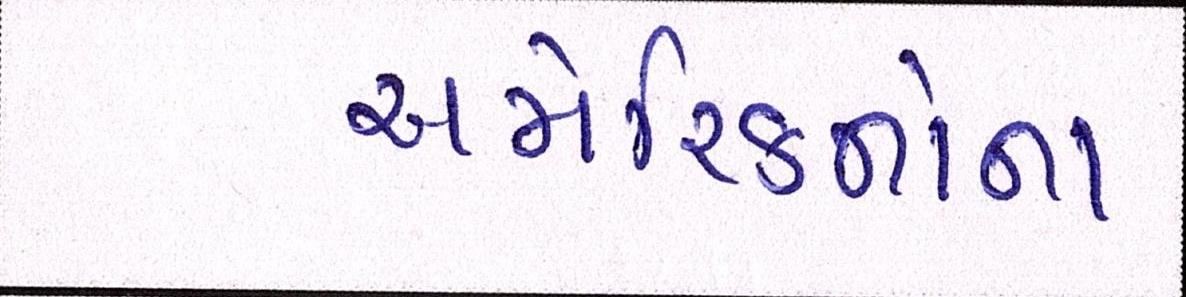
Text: અમેરિકનોના